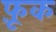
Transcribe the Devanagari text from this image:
फ़ूक